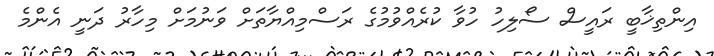
އިންތިޚާބީ ރައީސް ސޯލިހު ހުވާ ކުރެއްވުމުގެ ރަސްމިއްޔާތަށް ވަނުމަށް މިހާރު ދަނީ އެންމެ